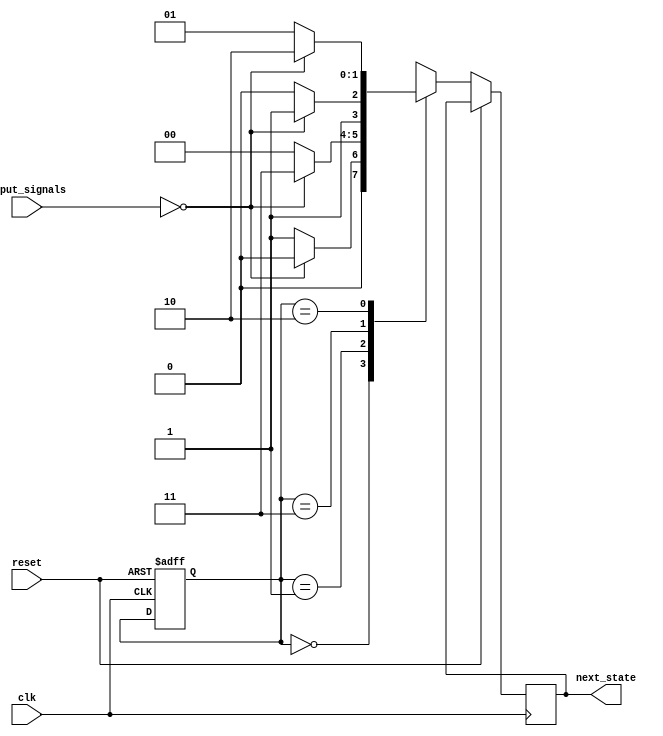
module gray_code_state_machine (
    input wire clk,
    input wire reset,
    input wire [1:0] input_signals,
    output reg [1:0] next_state
);

// State encoding using Gray Code
parameter S0 = 2'b00;
parameter S1 = 2'b01;
parameter S2 = 2'b11;
parameter S3 = 2'b10;

// State register
reg [1:0] current_state;

// Next state logic
always @ (posedge clk or posedge reset) begin
    if (reset) begin
        current_state <= S0;
    end else begin
        case (current_state)
            S0: begin
                if (input_signals == 2'b00) begin
                    next_state <= S0;
                end else begin
                    next_state <= S1;
                end
            end
            S1: begin
                if (input_signals == 2'b00) begin
                    next_state <= S2;
                end else begin
                    next_state <= S0;
                end
            end
            S2: begin
                if (input_signals == 2'b00) begin
                    next_state <= S2;
                end else begin
                    next_state <= S3;
                end
            end
            S3: begin
                if (input_signals == 2'b00) begin
                    next_state <= S3;
                end else begin
                    next_state <= S1;
                end
            end
        endcase
    end
end

endmodule